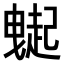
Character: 𧽇